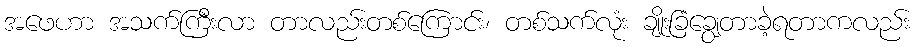
အဖေဟာ အသက်ကြီးလာ တာလည်းတစ်ကြောင်း၊ တစ်သက်လုံး ချိုးခြံချွေတာခဲ့ရတာကလည်း